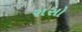
રાસો